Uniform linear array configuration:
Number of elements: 32
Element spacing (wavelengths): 0.5
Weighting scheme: cosine
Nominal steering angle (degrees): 0
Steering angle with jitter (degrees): -1.308
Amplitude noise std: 0.05
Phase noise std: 0.05

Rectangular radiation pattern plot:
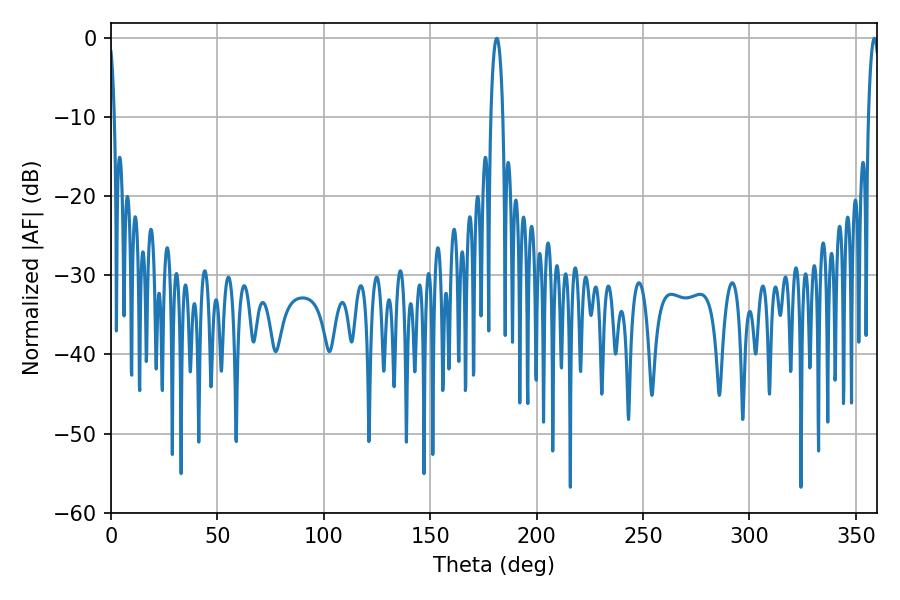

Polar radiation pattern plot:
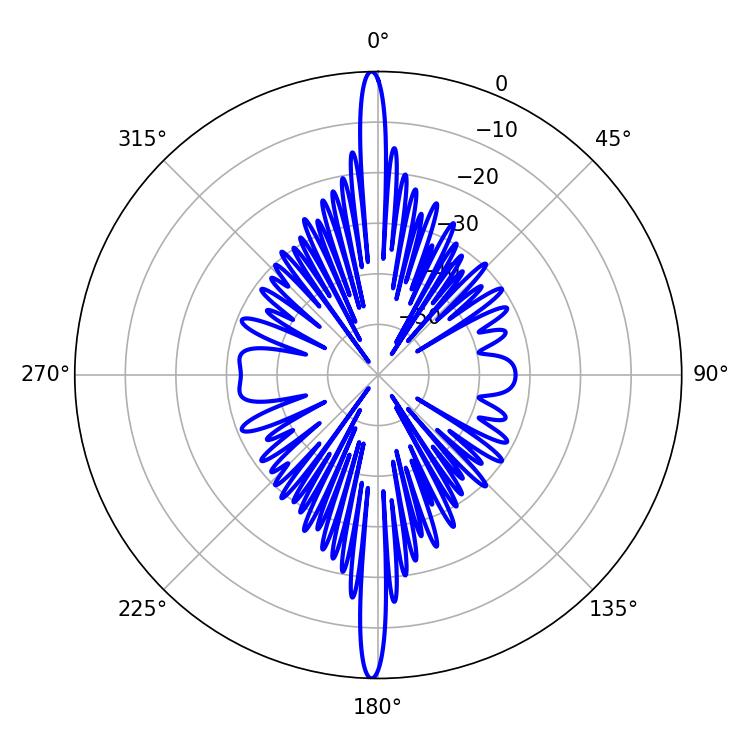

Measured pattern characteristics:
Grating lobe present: FALSE
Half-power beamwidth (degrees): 3.24
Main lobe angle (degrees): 181.26